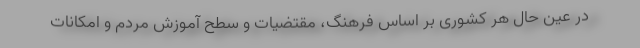
در عین حال هر کشوری بر اساس فرهنگ، مقتضیات و سطح آموزش مردم و امکانات